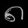
Digit: ၈